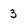
Character: 3